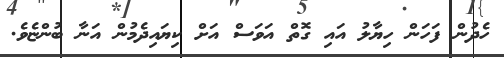
ހެދުން ފަހަން ހިޔާލު އައި ގޮތް އަވަސް އަށް ކިޔައިދެމުން އަނާ ބުންޏެވެ.